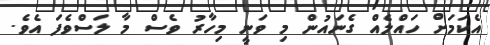
އެކަމަށް ހައްލެއް ގެނައުން މި ވަނީ މިހާރު ވެސް މާ ލަސްވެފަ އެވެ.